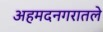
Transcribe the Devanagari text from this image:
अहमदनगरातले